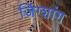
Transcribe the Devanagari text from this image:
जिंग्शांग